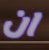
ان